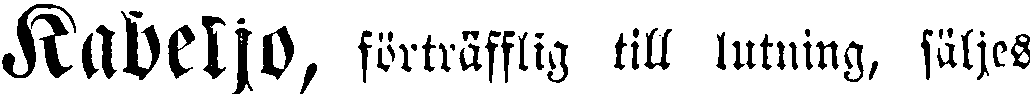
Kabeljo, förträfflig till lutning, säljes